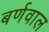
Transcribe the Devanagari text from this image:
बर्णवाल